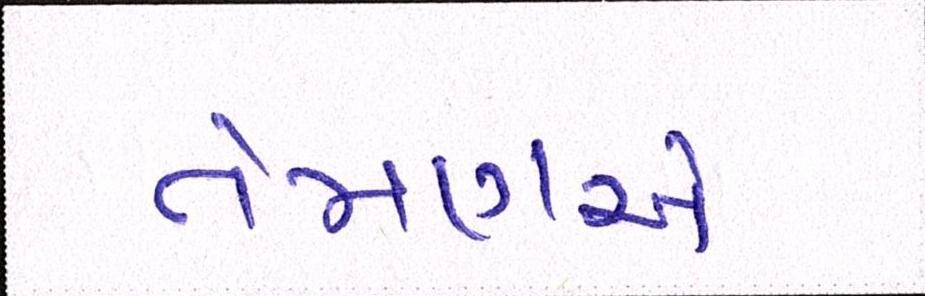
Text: તેમણએ